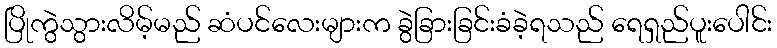
ပြိုကွဲသွားလိမ့်မည် ဆံပင်လေးများက ခွဲခြားခြင်းခံခဲ့ရသည် ရေရှည်ပူးပေါင်း